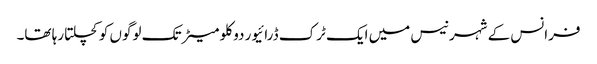
فرانس کے شہر نیس میں ایک ٹرک ڈرائیور دو کلو میٹر تک لوگوں کو کچلتا رہا تھا۔